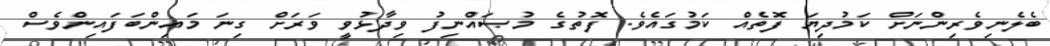
ބެލެނިވެރިންނަށް ކަމުދިޔަ ފޮތެއް ކަމުގައެވެ. ފޮތުގެ މުޞައްނިފު ވިދާޅުވީ ވަރަށް ގިނަ މައިންބަފައިންވެސް